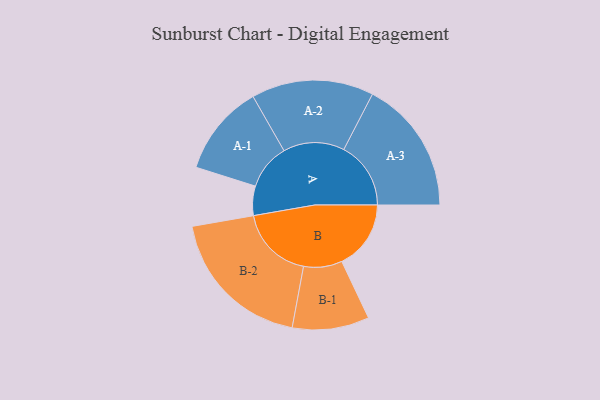
{"axis": {"x": "Segment", "y": "Value"}, "legend": ["", "A", "B"], "data": [{"x": "A", "y": 110, "type": ""}, {"x": "B", "y": 259, "type": ""}, {"x": "A-1", "y": 171, "type": "A"}, {"x": "A-2", "y": 229, "type": "A"}, {"x": "A-3", "y": 251, "type": "A"}, {"x": "B-1", "y": 144, "type": "B"}, {"x": "B-2", "y": 279, "type": "B"}]}